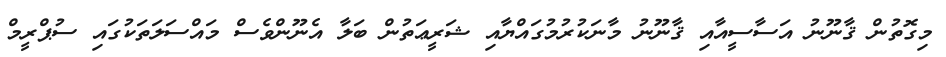
މިގޮތުން ޤާނޫނު އަސާސީއާއި ޤާނޫނު މާނަކުރުމުގައްޔާއި ޝަރީޢަތުން ބަލާ އެނޫންވެސް މައްސަލަތަކުގައި ސުޕްރީމް